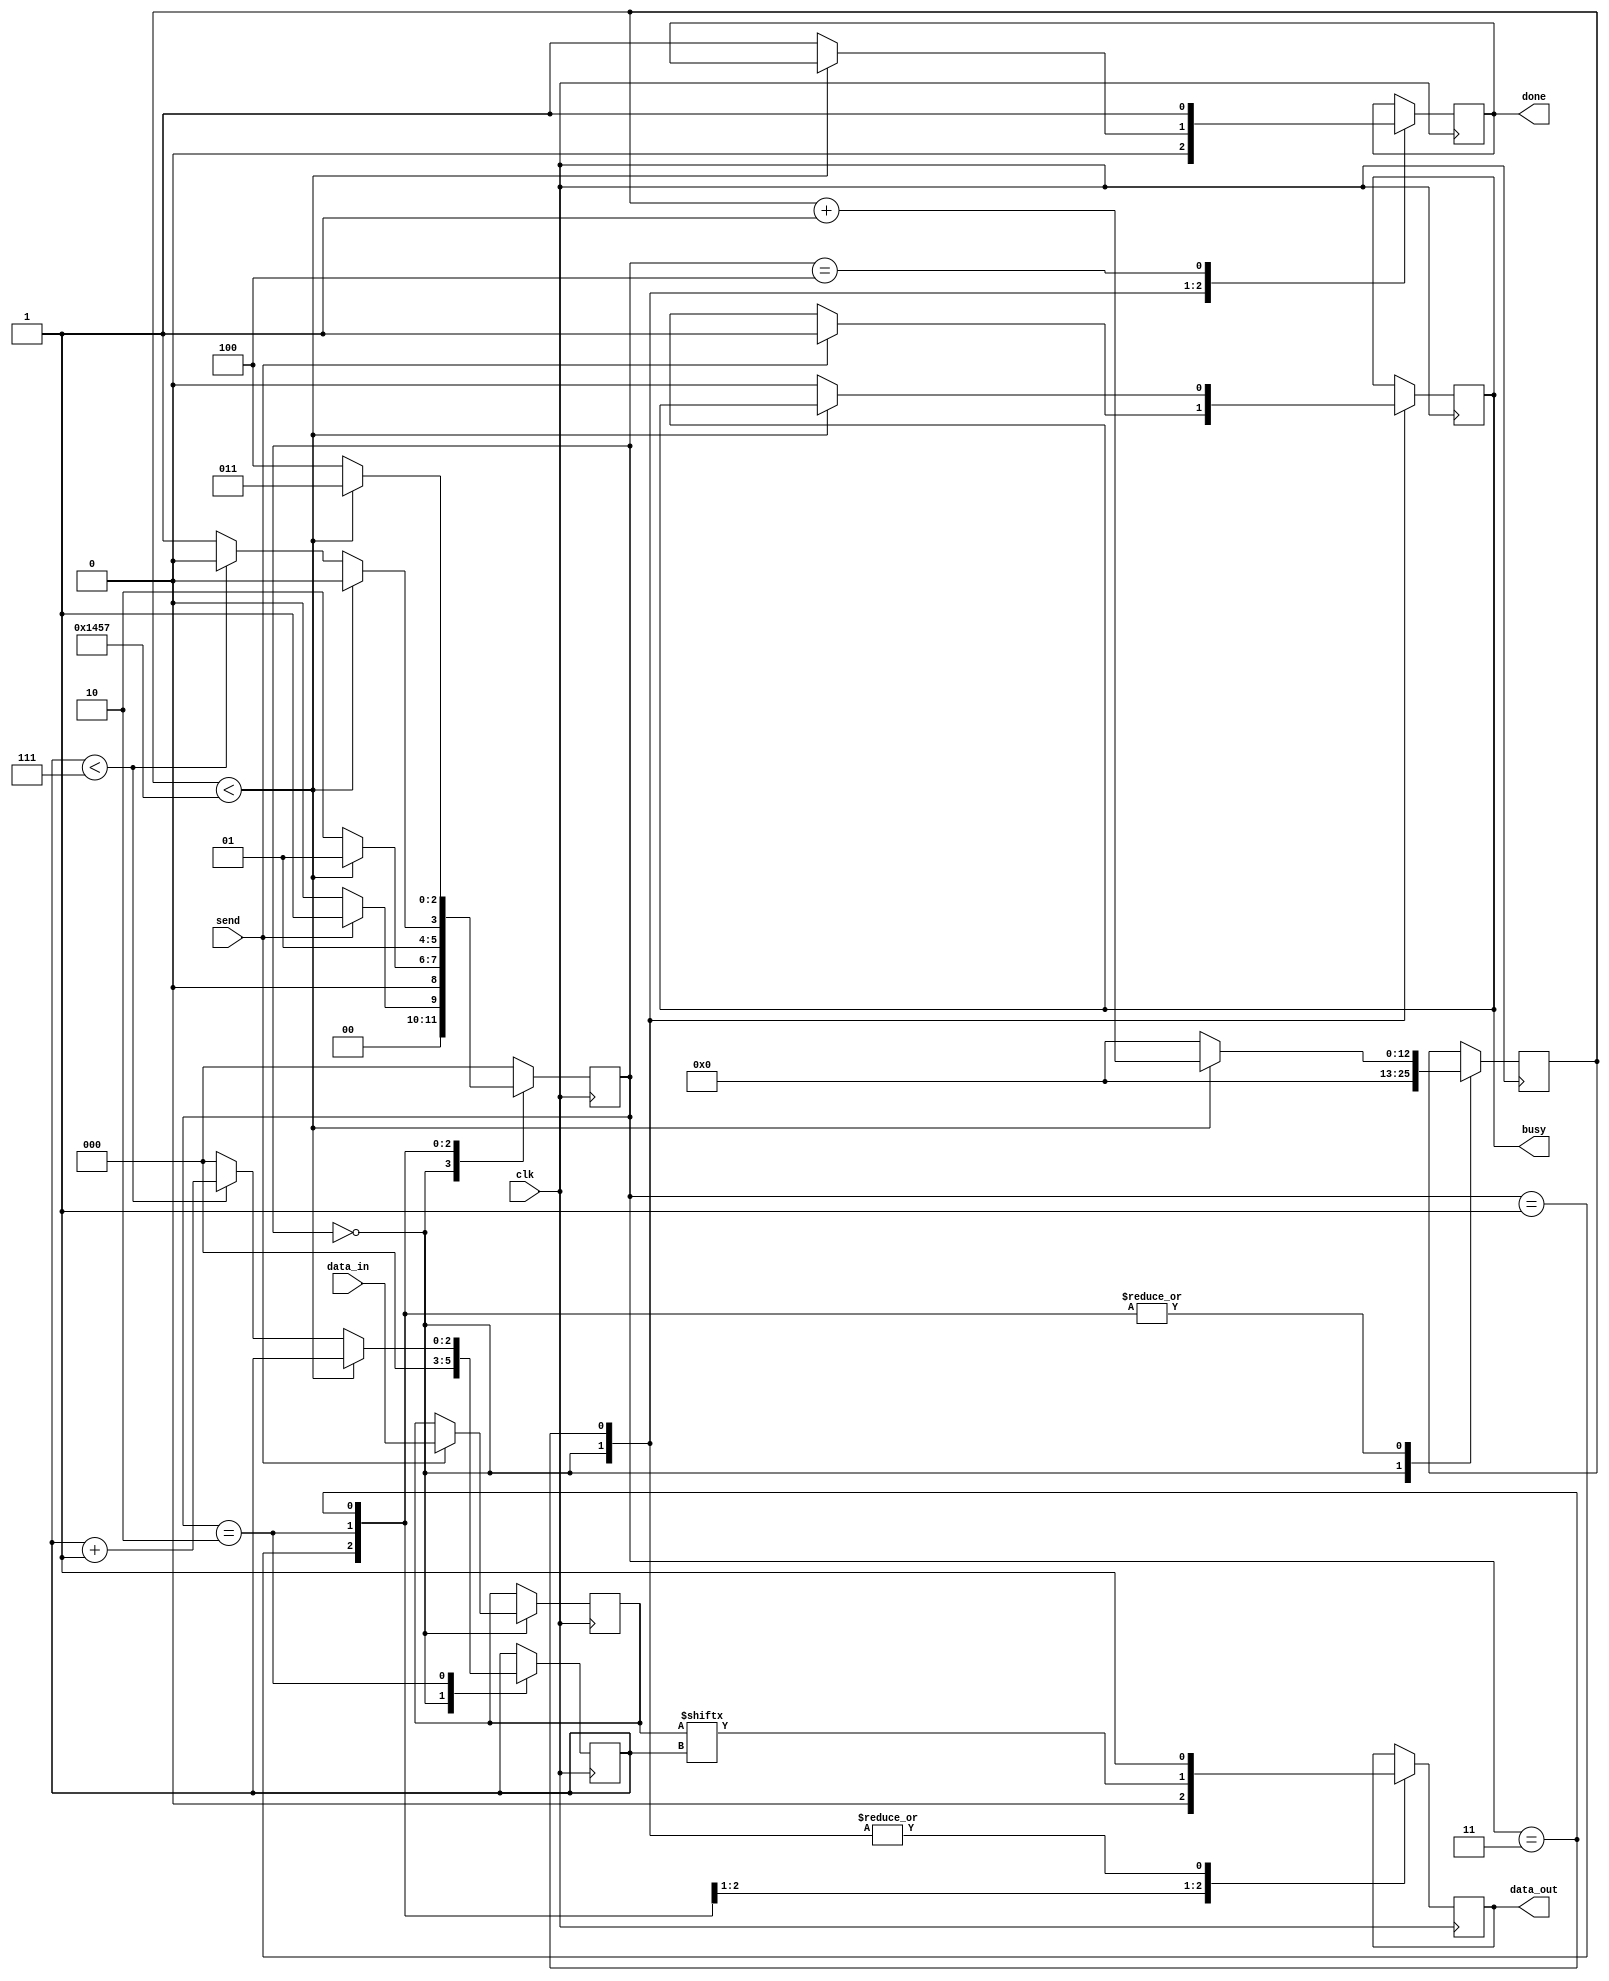
`timescale 1ns / 1ps
module Tx#(
    parameter clk_freq = 50000000,
    parameter baudrate = 9600,
    parameter tick_per_bit = clk_freq / baudrate
    )
    (
    input clk,
    input [7:0] data_in,
    input send,
    output busy,
    output reg data_out,
    output done
    );
    localparam IDLE      = 3'b000;
    localparam TX_START  = 3'b001;
    localparam TX_DATA   = 3'b010;
    localparam TX_STOP   = 3'b011;
    localparam RESTART   = 3'b100;
    
    reg [12:0] clock_counter = 0;
    reg [2:0] bit_index      = 0;
    reg [7:0] data_in_reg    = 0;
    reg done_reg             = 0;
    reg busy_reg             = 0;
    reg [2:0] state          = 0;
	 
	 //debouncer (.clk(clk), .in(send_btn), .out(send));
    
    always @(posedge clk)begin
        case(state)
            IDLE : begin
                data_out      <= 1'b1;
                done_reg      <= 0;
                clock_counter <= 0;
                bit_index     <= 0;
                
                if (send == 1'b1) begin
                    busy_reg    <= 1;
                    data_in_reg <= data_in;
                    state       <= TX_START;
                end
                else state <= IDLE;
            end    
            TX_START: begin
                data_out <= 1'b0;
                if(clock_counter < tick_per_bit-1) begin
                    clock_counter <= clock_counter + 1;
                    state         <= TX_START;
                end
                else begin
                    clock_counter <= 0;
                    state         <= TX_DATA;
                end
            end    
            TX_DATA : begin
                data_out <= data_in_reg[bit_index];
                if(clock_counter < tick_per_bit-1) begin
                    clock_counter <= clock_counter + 1;
                    state         <= TX_DATA;
                end
                else begin
                    clock_counter <= 0;
                    if(bit_index < 7)begin
                        bit_index <= bit_index + 1;
                        state     <= TX_DATA;
                    end
                    else begin
                        bit_index <= 0;
                        state <= TX_STOP;
                    end
                end
            end
            TX_STOP : begin
                data_out <= 1;
                if(clock_counter < tick_per_bit-1) begin
                    clock_counter <= clock_counter + 1;
                    state         <= TX_STOP;
                end   
                else begin
                    done_reg      <= 1;
                    clock_counter <= 0;
                    state         <= RESTART;
                    busy_reg      <= 0;
                end             
            end
            RESTART : begin
                done_reg <= 1;
                state    <= IDLE;
            end
            default : state <= IDLE;   
        endcase
    end
    
    assign busy = busy_reg;
    assign done = done_reg;

endmodule